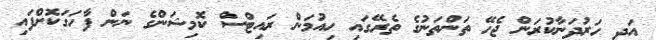
އަދި ހަރުދަނާކުރަން ޖެހޭ ތަންތަނުގެ ތެރޭގައި ހިއުމަން ރައިޓްސް ކޮމިޝަންގެ ނަން ފާހަގަކޮށްފައި